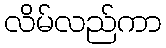
လိမ်လည်ကာ